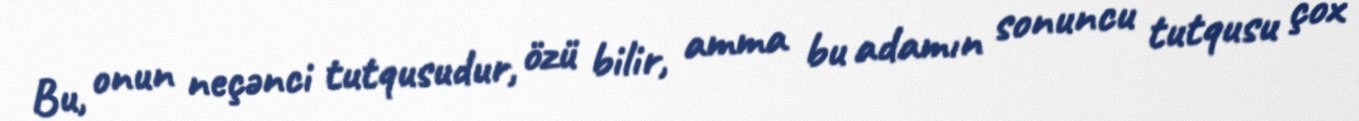
Bu, onun neçənci tutqusudur, özü bilir, amma bu adamın sonuncu tutqusu çox